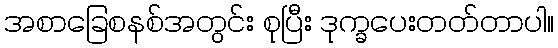
အစာခြေစနစ်အတွင်း စုပြီး ဒုက္ခပေးတတ်တာပါ။